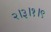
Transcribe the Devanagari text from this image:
२।३।१।९